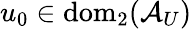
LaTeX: u_{0}\in\mathrm{dom}_{2}(\mathcal{A}_{U})